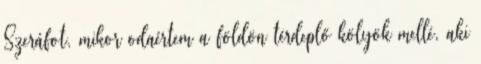
Szeráfot, mikor odaértem a földön térdeplő kölyök mellé, aki